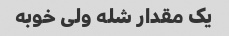
یک مقدار شله ولی خوبه